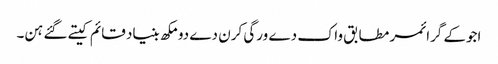
اجوکے گرائمر مطابق واک دے ورگی کرن دے دو مکھ بنیاد قائم کیتے گئے ہن۔